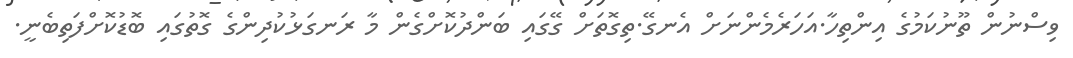
ވިސްނުން ތޫނުކަމުގެ އިންތިހާ.އަހަރެމެންނަށް އެނގޭ.ތިގޮތަށް ގޭގައި ބަންދުކޮށްގެން މާ ރަނގަޅުކުދިންގެ ގޮތުގައި ބޮޑުކޮށްފަތިބެނީ.